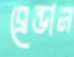
ব্রেন্ডান